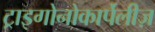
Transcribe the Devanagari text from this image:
ट्राइगोनोकार्पेलीज़